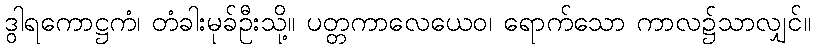
ဒွါရကောဋ္ဌကံ၊ တံခါးမုခ်ဦးသို့။ ပတ္တကာလေယေဝ၊ ရောက်သော ကာလ၌သာလျှင်။